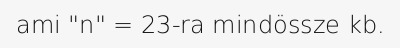
ami "n" = 23-ra mindössze kb.